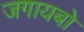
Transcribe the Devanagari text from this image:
जगायबो